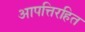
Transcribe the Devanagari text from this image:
आपत्तिरहित